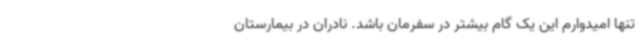
تنها امیدوارم این یک گام بیشتر در سفرمان باشد. نادران در بیمارستان